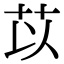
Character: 苡